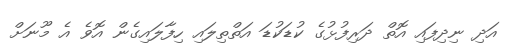
އަދި ނިދިފައި އޮތް ދަރިފުޅުގެ ކުޑަކުޑަ އަތްތިލައި ހިފާލައިގެން އޮވެ އެ މޫނަށް